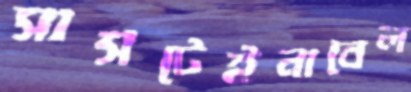
সাসটেইনাবেল